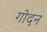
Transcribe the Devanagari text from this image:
गोदन